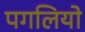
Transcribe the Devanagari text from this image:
पगलियो